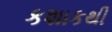
કશાકથી